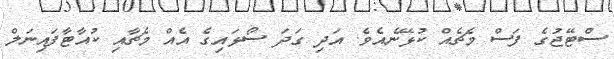
ސްޓޭޖުގެ ފަސް މެޗެއް ކުޅޭނެއެވެ. އަދި ގަދަ ސޯޅައިގެ އެއް މެޗާއި ކުއާޓާފައިނަލް